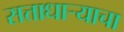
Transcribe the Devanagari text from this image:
सत्ताधार्‍याचा